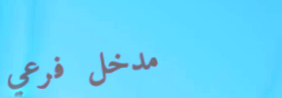
مدخل فرعي